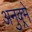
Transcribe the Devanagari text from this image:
अनुक्र्मे